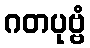
ဂတပုဗ္ဗံ